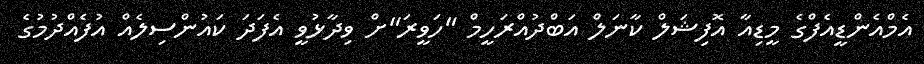
އެމްއެންޑީއެފްގެ މީޑިއާ އޮފިޝަލް ކާނަލް އަބްދުއްރަހީމް "ހަވީރަ"ށް ވިދާޅުވީ އެފަދަ ކައުންސިލެއް އުފެއްދުމުގެ